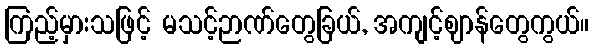
ကြည့်မှားသဖြင့် မသင့်ဉာဏ်တွေခြယ်, အကျင့်ဈာန်တွေကွယ်။